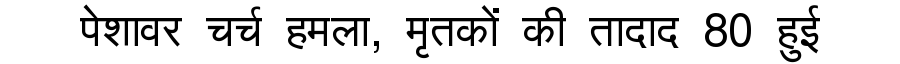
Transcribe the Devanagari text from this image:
पेशावर चर्च हमला, मृतकों की तादाद 80 हुई